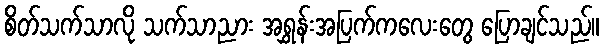
စိတ်သက်သာလို သက်သာညား အရွှန်းအပြက်ကလေးတွေ ပြောချင်သည်။